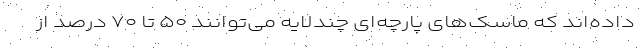
داده‌اند که ماسک‌های پارچه‌ای چندلایه می‌توانند ۵۰ تا ۷۰ درصد از